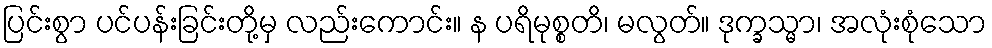
ပြင်းစွာ ပင်ပန်းခြင်းတို့မှ လည်းကောင်း။ န ပရိမုစ္စတိ၊ မလွတ်။ ဒုက္ခသ္မာ၊ အလုံးစုံသော